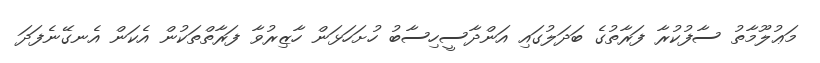
މަޢުލޫމާތު ސާފުކުރާ ފަރާތުގެ ބަދަލުގައި އަންދާސީހިސާބު ހުށަހަޅަން ހާޒިރުވާ ފަރާތްތަކުން އެކަން އެނގޭނެފަދަ